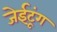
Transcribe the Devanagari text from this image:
जेईटूंग